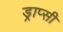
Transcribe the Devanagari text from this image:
ड्राप्सी